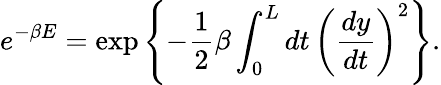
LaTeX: e^{-\beta E}=\exp\left\{ -\frac{1}{2}\beta\int_{0}^{L}dt\, \left(\frac{dy}{dt}\right)^{2}\right\} .